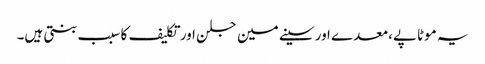
یہ موٹاپے، معدے اور سینے مین جلن اور تکلیف کا سبب بنتی ہیں۔